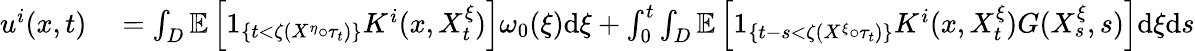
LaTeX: \begin{array}{rl}{u^{i}(x,t)}&{{}=\int_{D}\mathbb{E}\left[1_{\left\{ t<\zeta(X^{\eta}\circ\tau_{t})\right\} }K^{i}(x,X_{t}^{\xi})\right]\omega_{0}(\xi)\textrm{d}\xi+\int_{0}^{t}\int_{D}\mathbb{E}\left[1_{\{ t-s<\zeta(X^{\xi}\circ\tau_{t})\} }K^{i}(x,X_{t}^{\xi})G(X_{s}^{\xi},s)\right]\textrm{d}\xi\textrm{d}s}\end{array}